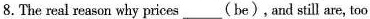
8.The real reason why prices ___(be), and still are, too